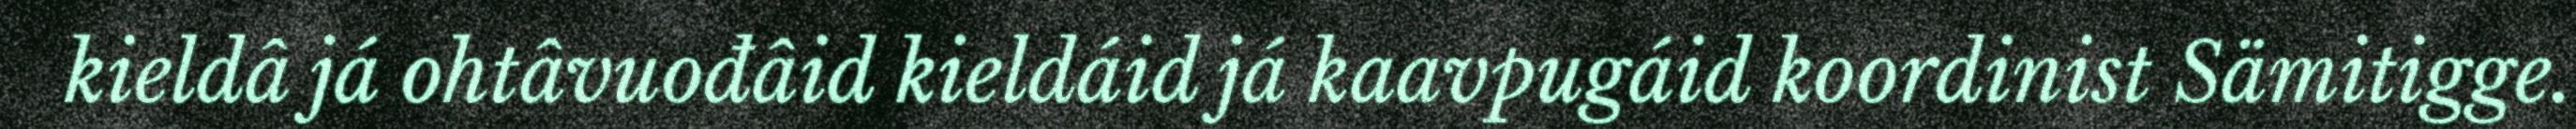
kieldâ já ohtâvuođâid kieldáid já kaavpugáid koordinist Sämitigge.